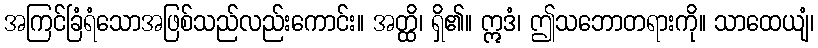
အကြင်ခြံရံသောအဖြစ်သည်လည်းကောင်း။ အတ္ထိ၊ ရှိ၏။ ဣဒံ၊ ဤသဘောတရားကို။ သာထေယျံ၊